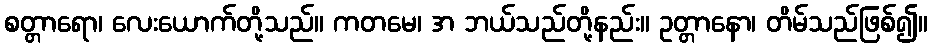
စတ္တာရော၊ လေးယောက်တို့သည်။ ကတမေ၊ အ ဘယ်သည်တို့နည်း။ ဥတ္တာနော၊ တိမ်သည်ဖြစ်၍။